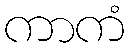
ကာကံ